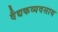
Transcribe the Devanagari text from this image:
वैद्यकव्यवसाय